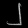
Digit: ၂